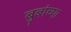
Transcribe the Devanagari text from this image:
बुबांच्या